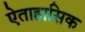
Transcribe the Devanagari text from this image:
ऐताहासिक